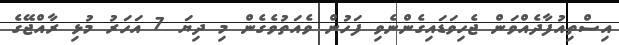
އިސްތިއުފާދެއްވަން ޖެހިވަޑައިގެންނެވި ފަހުން ވެއަތުވެގެން މި ދިޔަ 7 އަހަރު މުޅި ރާއްޖޭގެ